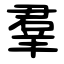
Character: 羣